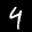
Label: 4